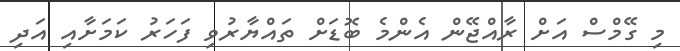
މި ގޭމްސް އަށް ރާއްޖޭން އެންމެ ބޮޑަށް ތައްޔާރުވި ފަހަރު ކަމަށާއި އަދި